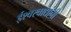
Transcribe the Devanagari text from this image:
ईश्वरवाद्यांनी